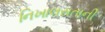
નિખાલસતાની